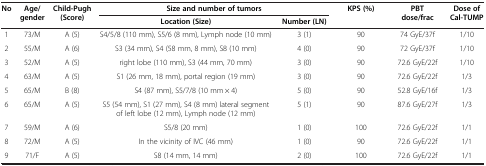
| <ROWSPAN=2> No | <ROWSPAN=2> Age/gender | <ROWSPAN=2> Child-Pugh (Score) | <COLSPAN=2> Size and number of tumors | <ROWSPAN=2> KPS (%) | <ROWSPAN=2> PBT dose/frac | <ROWSPAN=2> Dose of Cal-TUMP |
 | Location (Size) | Number (LN) |
 | --- | --- | --- | --- | --- | --- | --- | --- |
 | 1 | 73/M | A (5) | S4/5/8 (110 mm), S5/6 (8 mm), Lymph node (10 mm) | 3 (1) | 90 | 74 GyE/37f | 1/10 |
 | 2 | 55/M | A (6) | S3 (34 mm), S4 (58 mm, 8 mm), S8 (10 mm) | 4 (0) | 90 | 72 GyE/37f | 1/10 |
 | 3 | 52/M | A (5) | right lobe (110 mm), S3 (44 mm, 70 mm) | 3 (0) | 90 | 72.6 GyE/22f | 1/10 |
 | 4 | 63/M | A (5) | S1 (26 mm, 18 mm), portal region (19 mm) | 3 (0) | 90 | 72.6 GyE/22f | 1/3 |
 | 5 | 65/M | B (8) | S4 (87 mm), S5/7/8 (10 mm × 4) | 5 (0) | 90 | 52.8 GyE/16f | 1/3 |
 | 6 | 65/M | A (5) | S5 (54 mm), S1 (27 mm), S4 (8 mm) lateral segment of left lobe (12 mm), Lymph node (12 mm) | 5 (1) | 90 | 87.6 GyE/27f | 1/3 |
 | 7 | 59/M | A (6) | S5/8 (20 mm) | 1 (0) | 100 | 72.6 GyE/22f | 1/1 |
 | 8 | 72/M | A (5) | In the vicinity of IVC (46 mm) | 1 (0) | 90 | 72.6 GyE/22f | 1/1 |
 | 9 | 71/F | A (5) | S8 (14 mm, 14 mm) | 2 (0) | 100 | 72.6 GyE/22f | 1/1 |